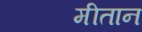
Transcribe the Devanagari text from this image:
मीतान